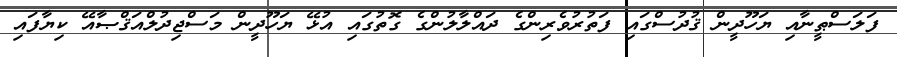
ފަލަސްޠީނާއި ޔަހޫދީން ޤުދުސްގައި ފަތުރުވެރިންގެ ދައްލާލުންގެ ގޮތުގައި އުޅޭ ޔަހޫދީން މަސްޖިދުލްއަޤްޞާއޭ ކިޔާފައި